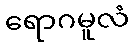
ရောဂမူလံ